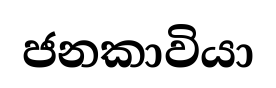
ජනකාවියා